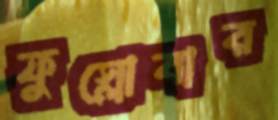
ফুস্‌লোবার